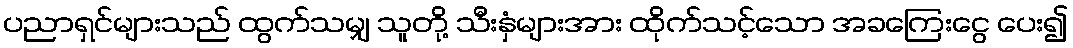
ပညာရှင်များသည် ထွက်သမျှ သူတို့ သီးနှံများအား ထိုက်သင့်သော အခကြေးငွေ ပေး၍